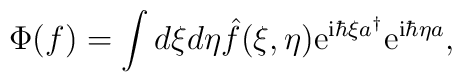
\Phi (f) = \int d\xi d\eta \hat{f}(\xi , \eta)    {\rm e}^{{\rm i} \hbar \xi a^{\dagger}} {\rm e}^{{\rm i} \hbar \eta a},